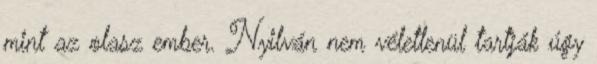
mint az olasz ember. Nyilván nem véletlenül tartják úgy